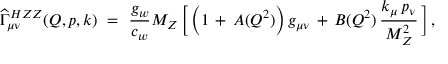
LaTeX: \widehat { \Gamma } _ { \mu \nu } ^ { H Z Z } ( Q , p , k ) \ = \ \frac { g _ { w } } { c _ { w } } M _ { Z } \, \Big [ \, \Big ( 1 \, + \, A ( Q ^ { 2 } ) \Big ) \, g _ { \mu \nu } \, + \, B ( Q ^ { 2 } ) \, \frac { k _ { \mu } \, p _ { \nu } } { M _ { Z } ^ { 2 } } \, \Big ] \, ,